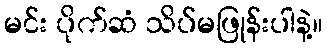
မင်း ပိုက်ဆံ သိပ်မဖြုန်းပါနဲ့။